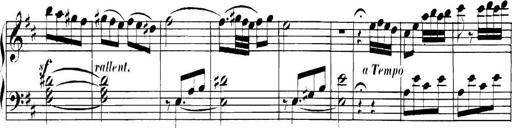
Title: Collected Piano Sonatas
Composer: Muzio Clementi